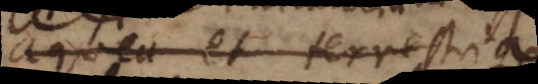
aquea et terrea